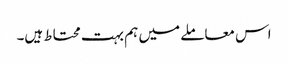
اس معاملے میں ہم بہت محتاط ہیں۔